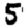
Digit: 5